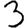
Digit: 3